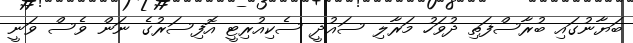
ބަޔާނުގައި ބުރާސްފަތި ދުވަހު މަރާލި ސައުދީ ސެކިއުރިޓީ އޮފިސަރުގެ ނަން ވެސް ވަނީ